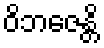
ဝိဘဇေန္တိ